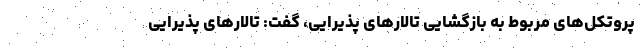
پروتکل‌های مربوط به بازگشایی تالارهای پذیرایی، گفت: تالارهای پذیرایی